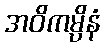
အဝိကမ္ပိနံ